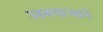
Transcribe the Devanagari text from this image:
उडवणाऱ्याने